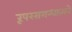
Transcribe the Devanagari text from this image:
रूपरसगन्धात्मने